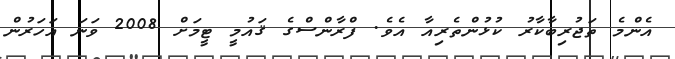
އެންމެ ތަޖުރިބާކާރު ކުޅުންތެރިއާ އެވެ. ފްރާންސްގެ ޤައުމީ ޓީމަށް 2008 ވަނަ އަހަރުން